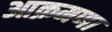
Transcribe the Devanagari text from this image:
आक्रमणा